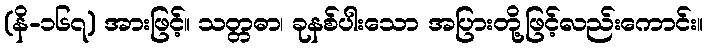
(နိ-၁၆၇) အားဖြင့်။ သတ္တဓာ၊ ခုနစ်ပါးသော အပြားတို့ဖြင့်လည်းကောင်း။